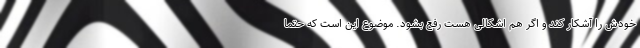
خودش را آشکار کند و اگر هم اشکالی هست رفع بشود. موضوع این است که حتما